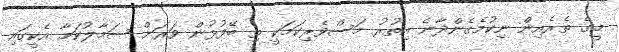
މީގެ ތެރެއިން ނިކުމެގެންދާނެ އިތުރު މަސްވެރިކަމަކީ ތި ބޭފުޅުން ވަރަށް ސަމާލުކަމާ އެކީގައި